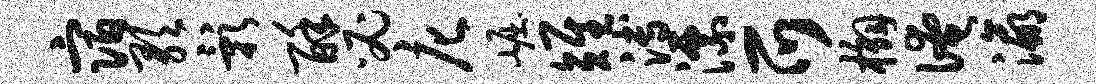
宿歌影酥必庀崛雉溥漂爪槲淹瀛